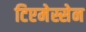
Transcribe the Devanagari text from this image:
टिएमेस्सेन